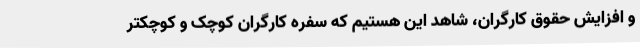
و افزایش حقوق کارگران، شاهد این هستیم که سفره کارگران کوچک و کوچکتر